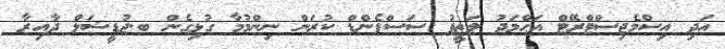
އަދި އިސްމެޖިސްޓްރޭޓް އަޙްމަދު ލަޠީފު ސަސްޕެންޑް ކުރަން ނިންމުމާ ގުޅިގެން ބ.ޖުޑީޝަލް ދާއިރާ